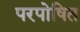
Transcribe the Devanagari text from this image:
परपोषित